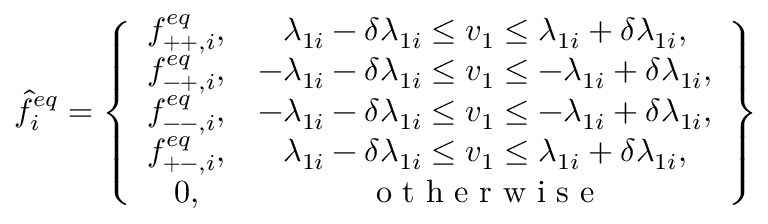
\hat { f } _ { i } ^ { e q } = \left\{ \begin{array} { c c } { f _ { + + , i } ^ { e q } , } & { \lambda _ { 1 i } - \delta \lambda _ { 1 i } \leq v _ { 1 } \leq \lambda _ { 1 i } + \delta \lambda _ { 1 i } , } \\ { f _ { - + , i } ^ { e q } , } & { - \lambda _ { 1 i } - \delta \lambda _ { 1 i } \leq v _ { 1 } \leq - \lambda _ { 1 i } + \delta \lambda _ { 1 i } , } \\ { f _ { -- , i } ^ { e q } , } & { - \lambda _ { 1 i } - \delta \lambda _ { 1 i } \leq v _ { 1 } \leq - \lambda _ { 1 i } + \delta \lambda _ { 1 i } , } \\ { f _ { + - , i } ^ { e q } , } & { \lambda _ { 1 i } - \delta \lambda _ { 1 i } \leq v _ { 1 } \leq \lambda _ { 1 i } + \delta \lambda _ { 1 i } , } \\ { 0 , } & { \mathrm { ~ o ~ t ~ h ~ e ~ r ~ w ~ i ~ s ~ e ~ } } \end{array} \right\}